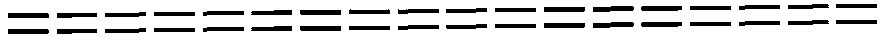
==================